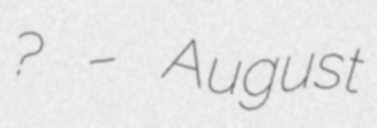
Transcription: ? – August